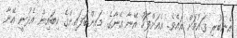
އެނބުރި ގައުމަށް އައެވެ. އެއަށްފަހު އޭނާ އޭނާގެ މައިންބަފައިންގެ ކިބައިން އެދުނީ އޭނާ